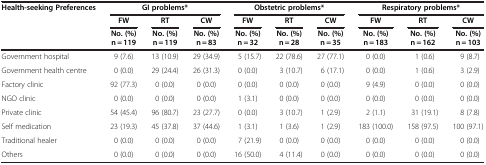
<table><thead><tr><td rowspan="3"><b>Health-seeking Preferences</b></td><td colspan="3"><b>GI problems*</b></td><td colspan="3"><b>Obstetric problems*</b></td><td colspan="3"><b>Respiratory problems*</b></td></tr><tr><td><b>FW</b></td><td><b>RT</b></td><td><b>CW</b></td><td><b>FW</b></td><td><b>RT</b></td><td><b>CW</b></td><td><b>FW</b></td><td><b>RT</b></td><td><b>CW</b></td></tr><tr><td><b>No. (%) n = 119</b></td><td><b>No. (%) n = 119</b></td><td><b>No. (%) n = 83</b></td><td><b>No. (%) n = 32</b></td><td><b>No. (%) n = 28</b></td><td><b>No. (%) n = 35</b></td><td><b>No. (%) n = 183</b></td><td><b>No. (%) n = 162</b></td><td><b>No. (%) n = 103</b></td></tr></thead><tbody><tr><td>Government hospital</td><td>9 (7.6)</td><td>13 (10.9)</td><td>29 (34.9)</td><td>5 (15.7)</td><td>22 (78.6)</td><td>27 (77.1)</td><td>0 (0.0)</td><td>1 (0.6)</td><td>9 (8.7)</td></tr><tr><td>Government health centre</td><td>0 (0.0)</td><td>29 (24.4)</td><td>26 (31.3)</td><td>0 (0.0)</td><td>3 (10.7)</td><td>6 (17.1)</td><td>0 (0.0)</td><td>1 (0.6)</td><td>3 (2.9)</td></tr><tr><td>Factory clinic</td><td>92 (77.3)</td><td>0 (0.0)</td><td>0 (0.0)</td><td>0 (0.0)</td><td>0 (0.0)</td><td>0 (0.0)</td><td>9 (4.9)</td><td>0 (0.0)</td><td>0 (0.0)</td></tr><tr><td>NGO clinic</td><td>0 (0.0)</td><td>0 (0.0)</td><td>0 (0.0)</td><td>1 (3.1)</td><td>0 (0.0)</td><td>0 (0.0)</td><td>0 (0.0)</td><td>0 (0.0)</td><td>0 (0.0)</td></tr><tr><td>Private clinic</td><td>54 (45.4)</td><td>96 (80.7)</td><td>23 (27.7)</td><td>0 (0.0)</td><td>3 (10.7)</td><td>1 (2.9)</td><td>2 (1.1)</td><td>31 (19.1)</td><td>8 (7.8)</td></tr><tr><td>Self medication</td><td>23 (19.3)</td><td>45 (37.8)</td><td>37 (44.6)</td><td>1 (3.1)</td><td>1 (3.6)</td><td>1 (2.9)</td><td>183 (100.0)</td><td>158 (97.5)</td><td>100 (97.1)</td></tr><tr><td>Traditional healer</td><td>0 (0.0)</td><td>0 (0.0)</td><td>0 (0.0)</td><td>7 (21.9)</td><td>0 (0.0)</td><td>0 (0.0)</td><td>0 (0.0)</td><td>0 (0.0)</td><td>0 (0.0)</td></tr><tr><td>Others</td><td>0 (0.0)</td><td>0 (0.0)</td><td>0 (0.0)</td><td>16 (50.0)</td><td>4 (11.4)</td><td>0 (0.0)</td><td>0 (0.0)</td><td>0 (0.0)</td><td>0 (0.0)</td></tr></tbody></table>